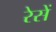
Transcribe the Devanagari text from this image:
रेसें